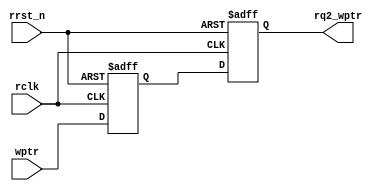
`timescale 1ns / 1ps
//////////////////////////////////////////////////////////////////////////////////
// Company: 
// Engineer: 
// 
// Design Name: 
// Module Name:    sync_w2r 
// Project Name: 
// Target Devices: 
// Tool versions: 
// Description: 
//
// Dependencies: 
//
// Revision: 
// Revision 0.01 - File Created
// Additional Comments: 
//
//////////////////////////////////////////////////////////////////////////////////
module sync_w2r_top #(parameter ADDRSIZE = 5)
(output reg [ADDRSIZE:0] rq2_wptr,
input [ADDRSIZE:0] wptr,
input rclk, rrst_n);
reg [ADDRSIZE:0] rq1_wptr;
always @(posedge rclk or negedge rrst_n)
if (!rrst_n) {rq2_wptr,rq1_wptr} <= 0;
else {rq2_wptr,rq1_wptr} <= {rq1_wptr,wptr};
endmodule